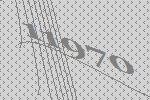
11970